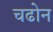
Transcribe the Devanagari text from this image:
चढोन